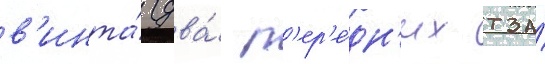
в'инта́ (два́ п'ер'е́дн'их тза́